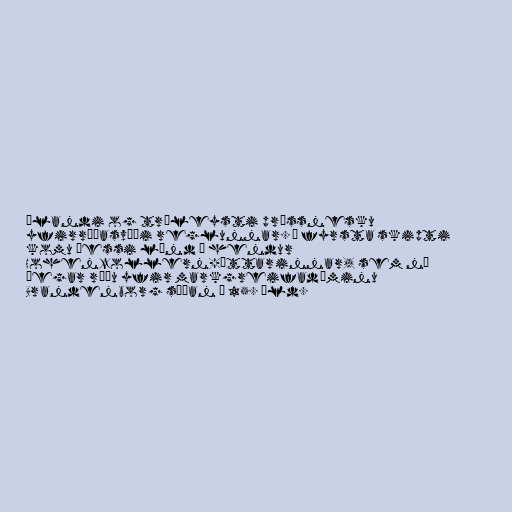
ælandi og trúleysti prússnesku
yfirráðasvæði reglunnar. Í fyrsta skipti
komu þessi lönd í hendur
Hohenzollern-ættarinnar, sem nú
þegar réðu yfir markgreifadæminu
Brandenborg síðan á 15. öld.